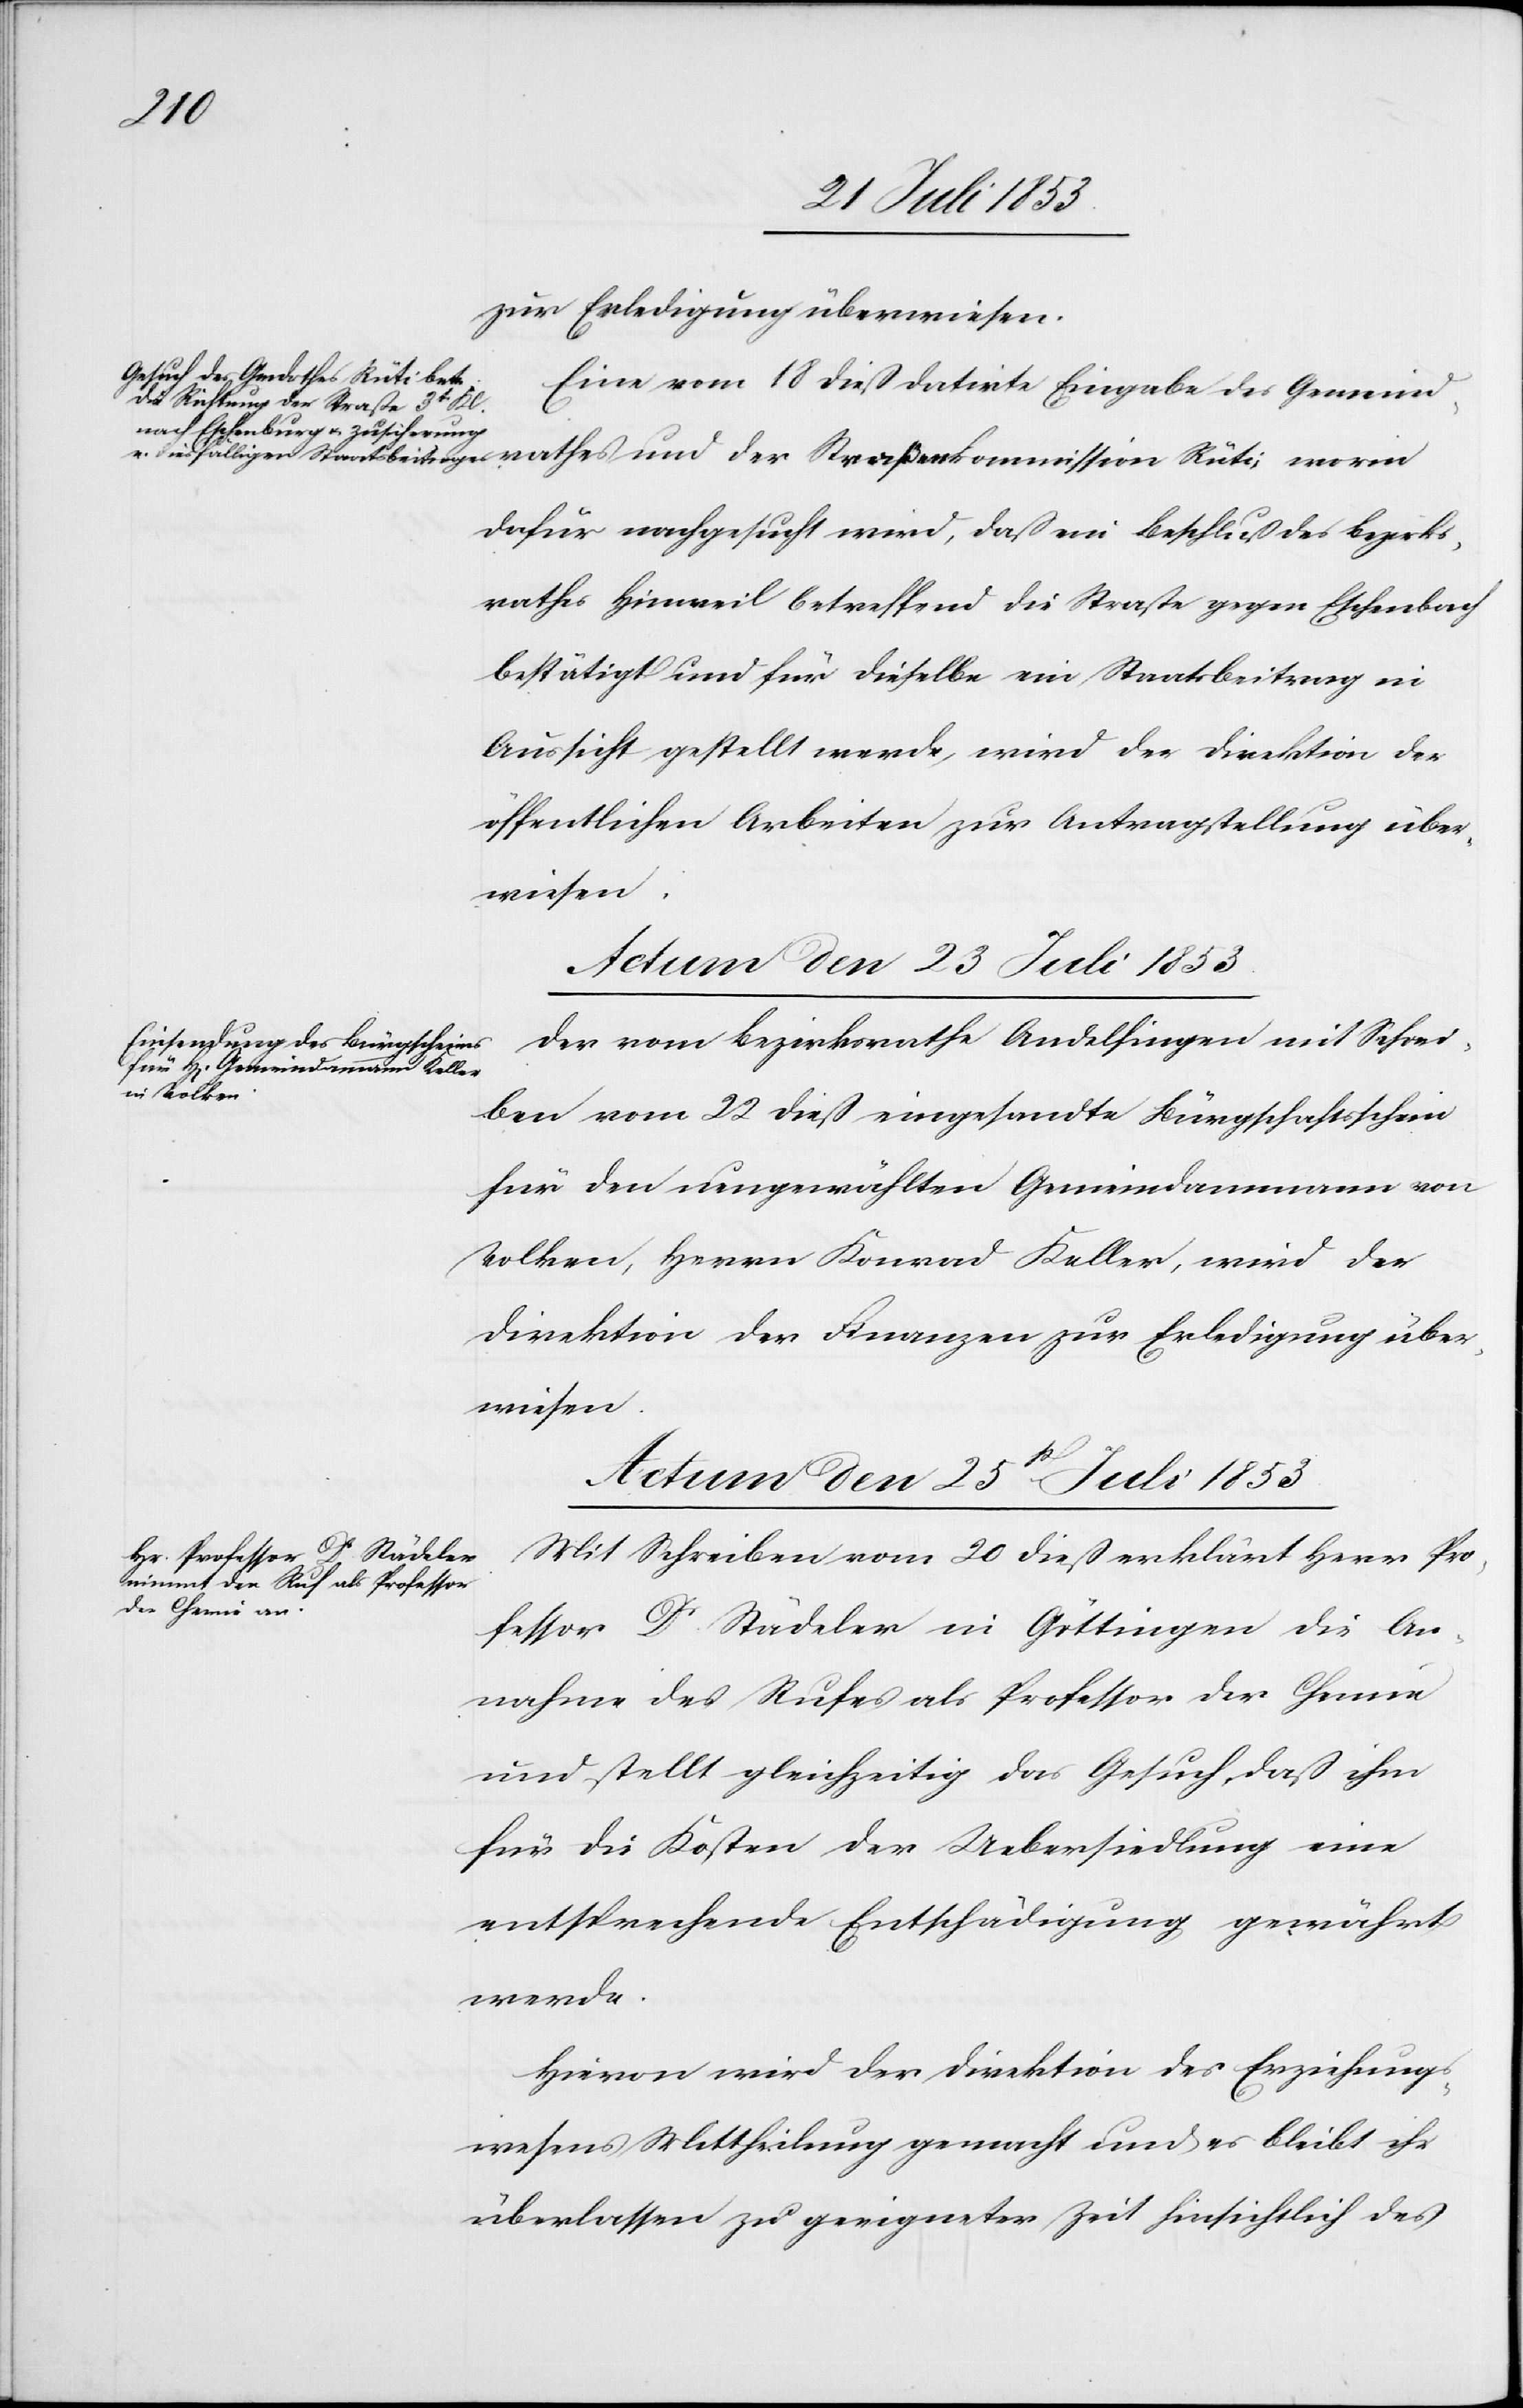
der
zur Erledigung überwiesen.
Eine vom 18 dieß datirte Eingabe des Gemeind¬
rathes
dafür nachgesucht wird, daß ein Beschluß des Bezirks¬
rathes Hinweil betreffend die Straße gegen Eschenbach
bestätigt und für dieselbe ein Staatsbeitrag in
Aussicht gestellt werde, wird der Direktion der
öffentlichen Arbeiten zur Antragstellung über¬
wiesen.
Actum den 23 Juli 1853.
Der vom Bezirksrathe Andelfingen mit Schrei¬
ben vom 22 dieß eingesandte Bürgschaftsschein
für den ungewählten Gemeindammann von
Volken, Herrn Konrad Keller, wird der
Direktion der Finanzen zur Erledigung über¬
wiesen.
Actum den 25t[en] Juli 1853.
Mit Schreiben vom 20 dieß erklärt Herr Pro¬
fessor Dr Städeler in Göttingen die An¬
nahme des Rufes als Professor der Chemie
und stellt gleichzeitig das Gesuch, daß ihm
für die Kosten der Uebersiedlung eine
entsprechende Entschädigung gewährt
werde.
Hievon wird der Direktion des Erziehungs¬
wesens Mittheilung gemacht und es bleibt ihr
überlassen zu geeigneter Zeit hinsichtlich des